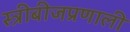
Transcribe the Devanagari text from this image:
स्त्रीबीजप्रणाली